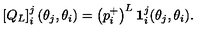
\left[ Q _ { L } \right] _ { i } ^ { j } ( \theta _ { j } , \theta _ { i } ) = \left( p _ { i } ^ { + } \right) ^ { L } \mathbf { 1 } _ { i } ^ { j } ( \theta _ { j } , \theta _ { i } ) .